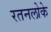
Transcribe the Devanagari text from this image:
रतनलोके